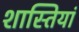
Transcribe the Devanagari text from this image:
शास्तियां